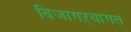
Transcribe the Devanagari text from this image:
बिजागऱ्यागत